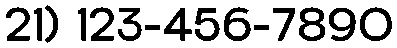
21) 123-456-7890